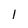
Character: 1